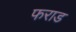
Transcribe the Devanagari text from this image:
फराड